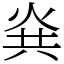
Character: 烡